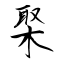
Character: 棸